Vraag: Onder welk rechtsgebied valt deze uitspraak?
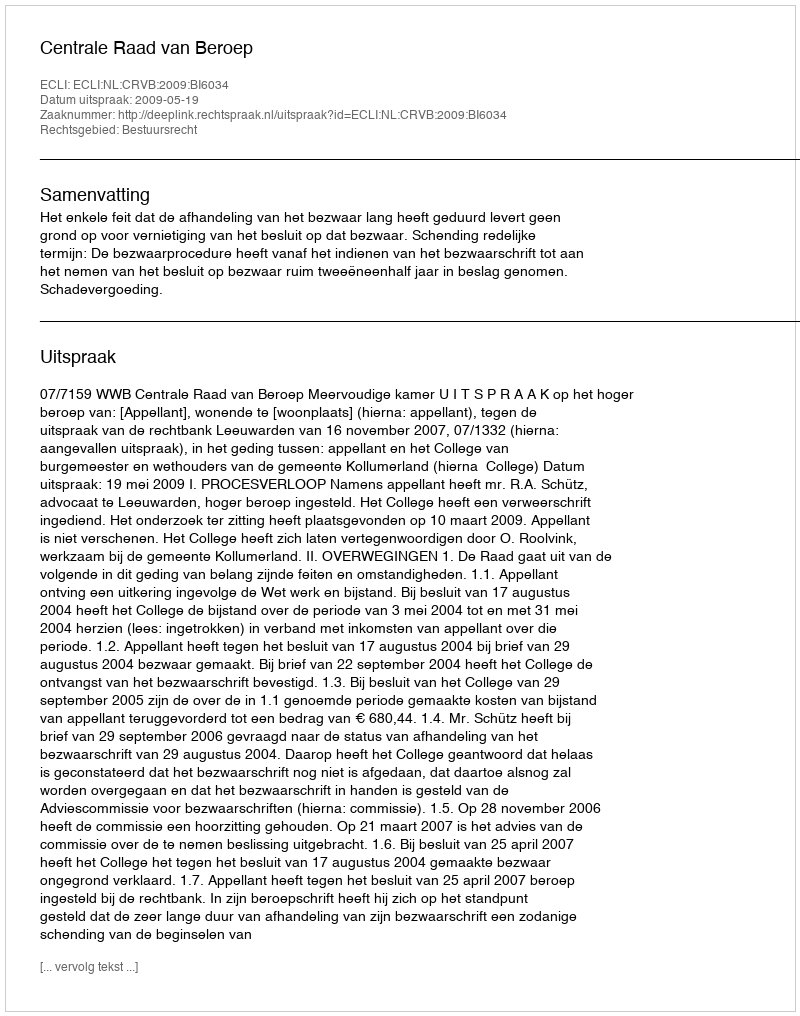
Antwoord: Bestuursrecht